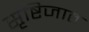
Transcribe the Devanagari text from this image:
सृष्टिजात